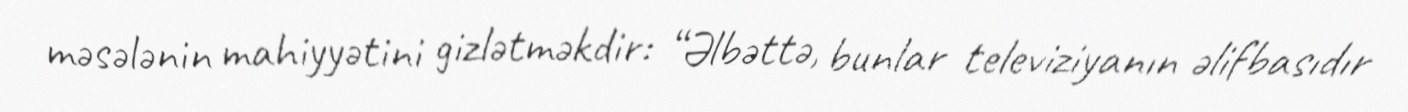
məsələnin mahiyyətini gizlətməkdir: “Əlbəttə, bunlar televiziyanın əlifbasıdır